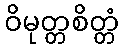
ဝိမုတ္တစိတ္တံ